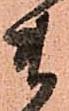
ま